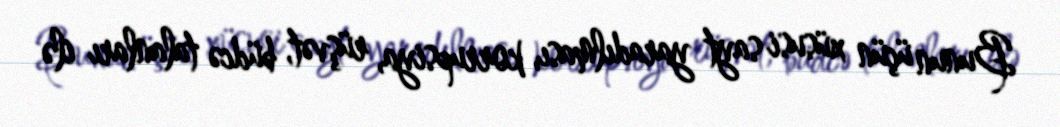
Bunun üçün xüsusi sayt yaradılması, korrupsiya, rüşvət, büdcə talanları ilə